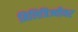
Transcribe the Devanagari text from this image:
मिलित्रिज्यीवर